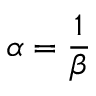
\alpha = { \frac { 1 } { \beta } }